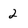
Character: 2